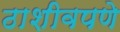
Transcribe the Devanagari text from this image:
ठाशीवपणे